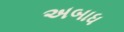
અબાધ